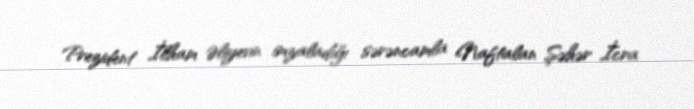
Prezident İlham Əliyevin imzaladığı sərəncamla Naftalan Şəhər İcra